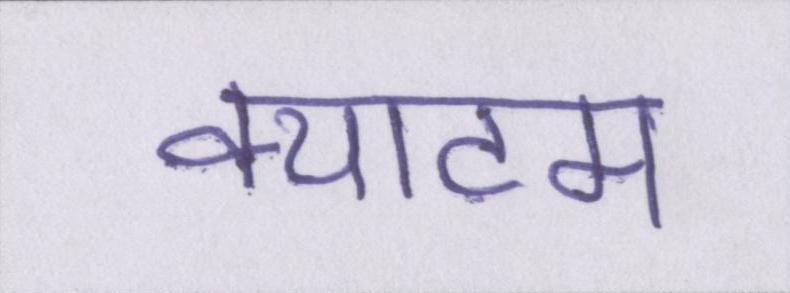
क्याटम